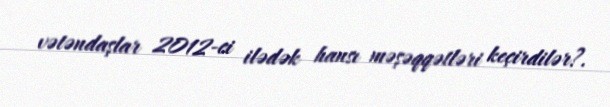
vətəndaşlar 2012-ci ilədək hansı məşəqqətləri keçirdilər?.